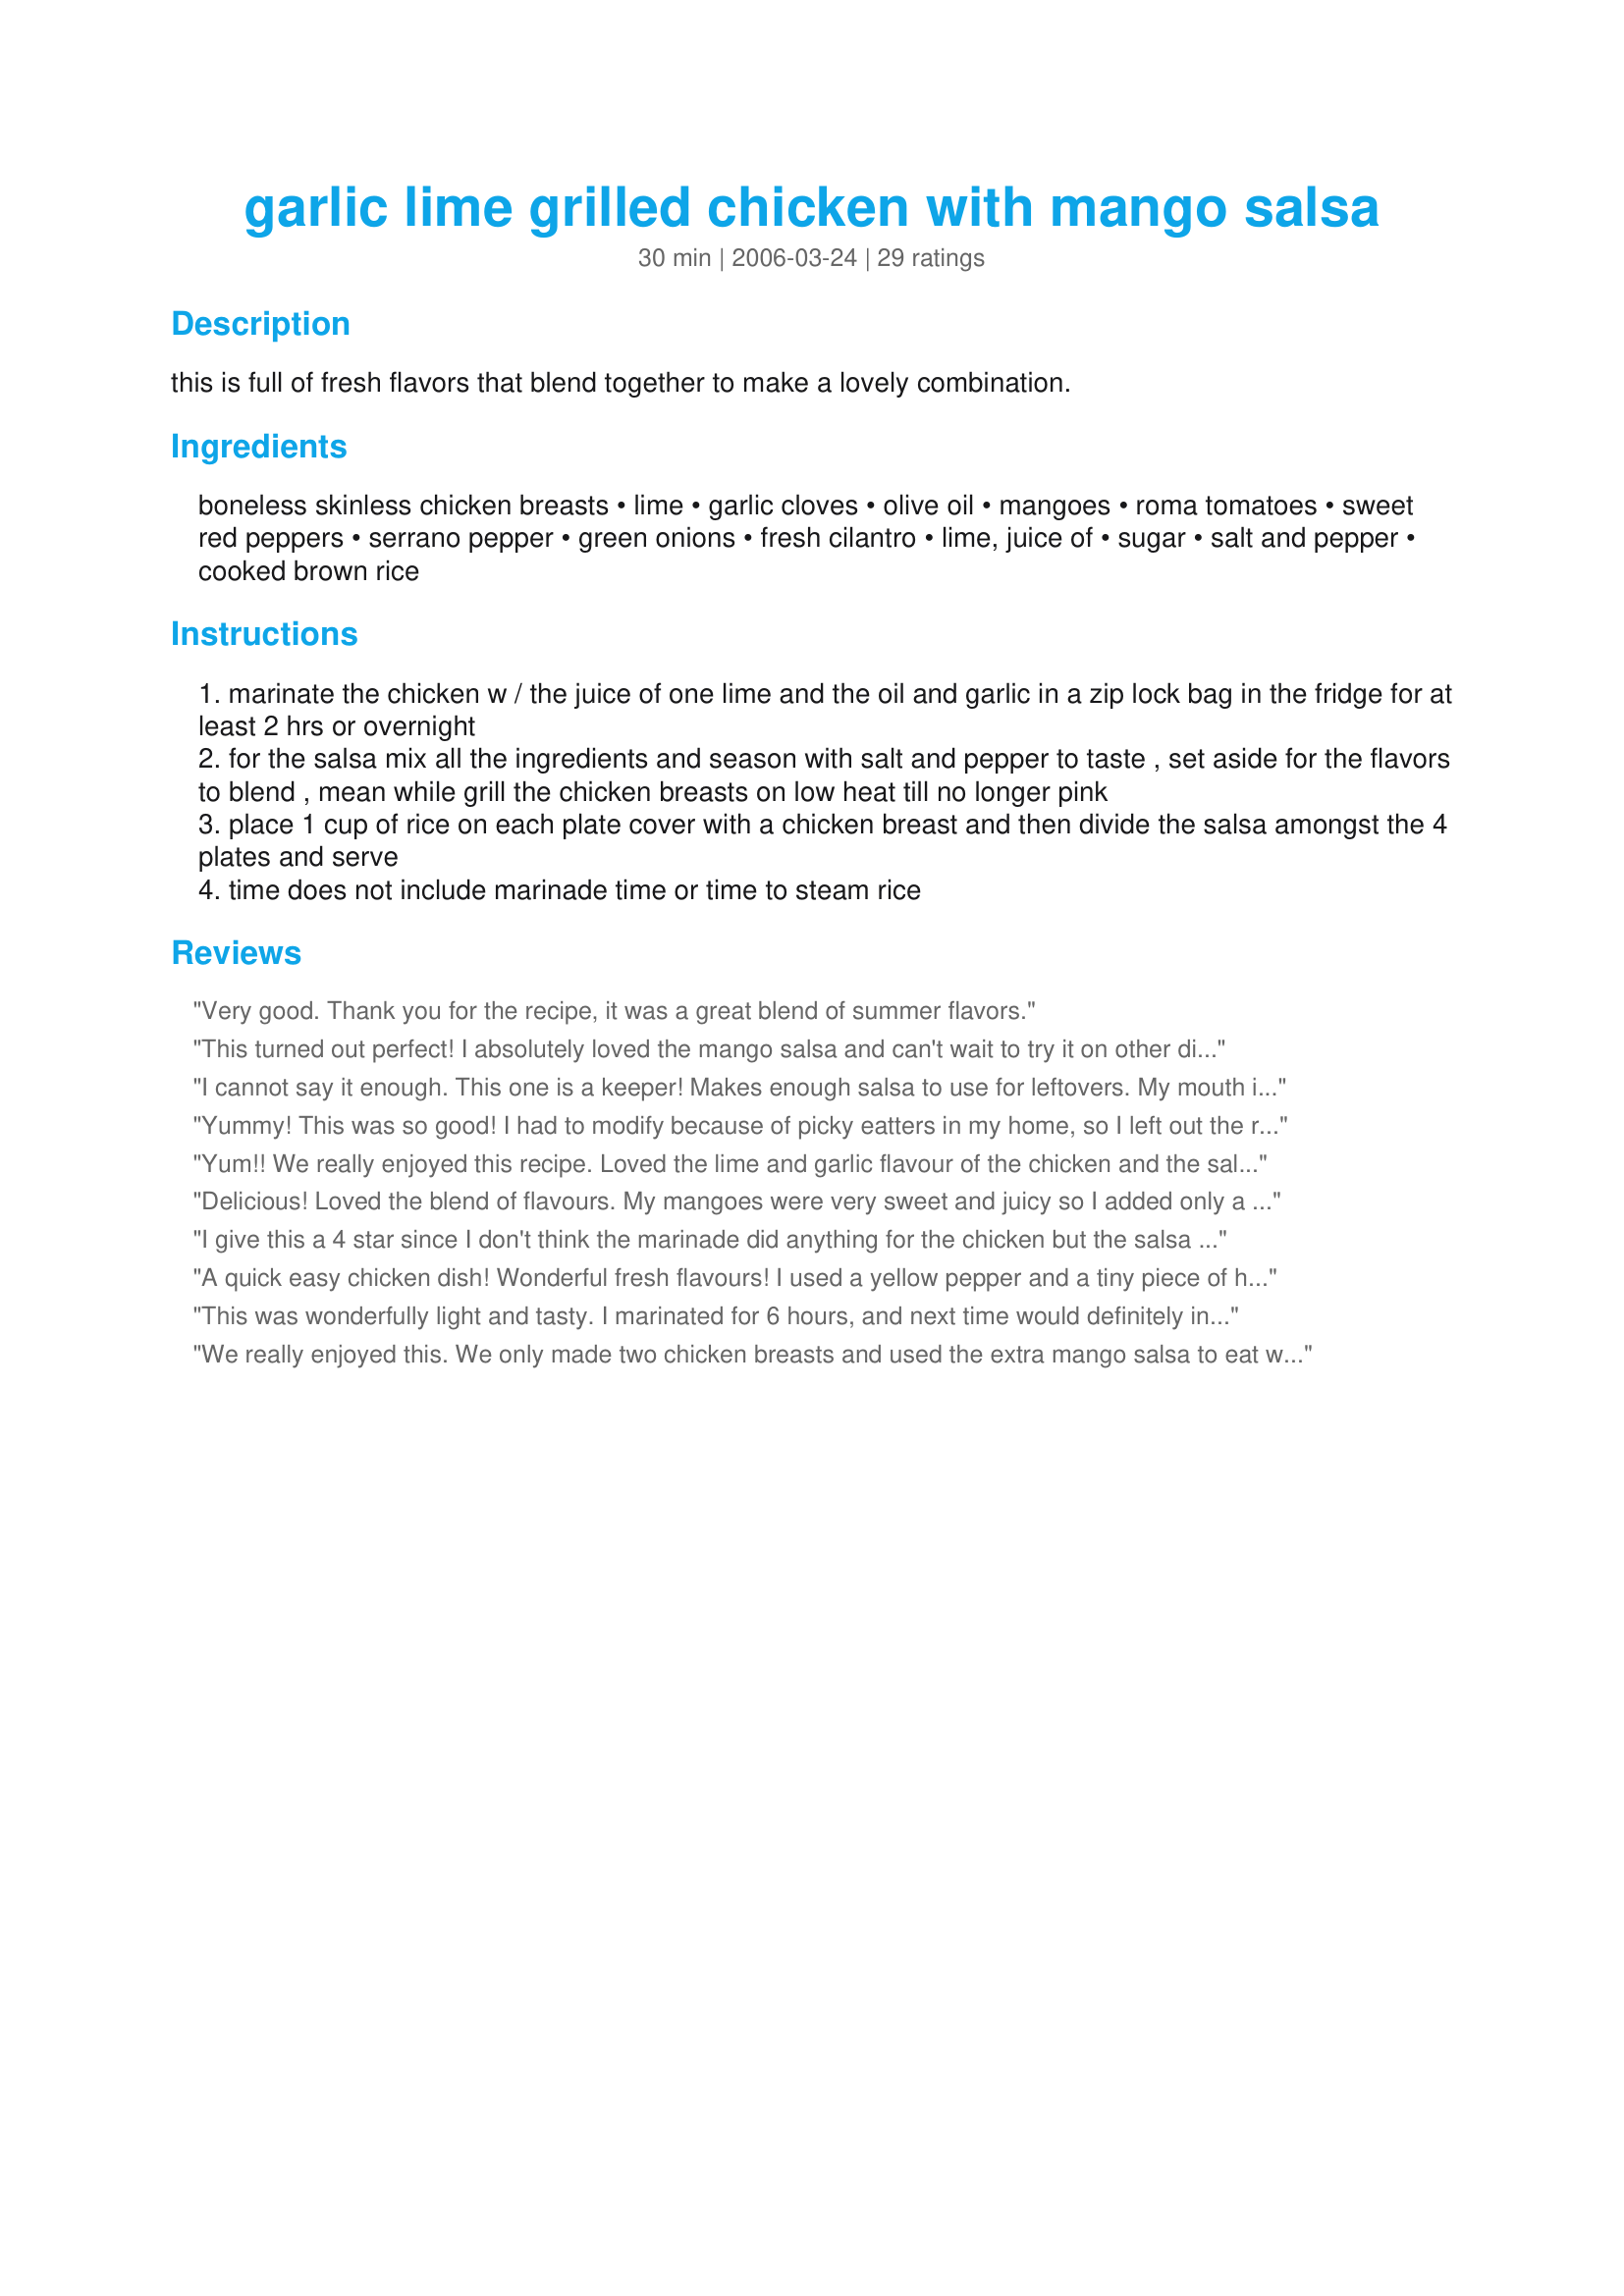
garlic lime grilled chicken with mango salsa
Preparation time: 30 minutes

this is full of fresh flavors that blend together to make a lovely combination.

Ingredients:
boneless skinless chicken breasts, lime, garlic cloves, olive oil, mangoes, roma tomatoes, sweet red peppers, serrano pepper, green onions, fresh cilantro, lime, juice of, sugar, salt and pepper, cooked brown rice

Steps:
marinate the chicken w / the juice of one lime and the oil and garlic in a zip lock bag in the fridge for at least 2 hrs or overnight
for the salsa mix all the ingredients and season with salt and pepper to taste , set aside for the flavors to blend , mean while grill the chicken breasts on low heat till no longer pink
place 1 cup of rice on each plate cover with a chicken breast and then divide the salsa amongst the 4 plates and serve
time does not include marinade time or time to steam rice

Reviews:
Very good. Thank you for the recipe, it was a great blend of summer flavors.
This turned out perfect! I absolutely loved the mango salsa and can't wait to try it on other dishes, I think it would be great on fish as well. I was a little weary about the addition of the serrano pepper but after trying it I really think it added a lot to the flavor of the salsa and I did add a little sugar (1 TB) to sweeten it up a bit. The presentation of this dish (with all the colors from the salsa) was definitely guest worthy and looked like something a fancy/famous chef would make. Thanks for the great recipe!
I cannot say it enough. This one is a keeper! Makes enough salsa to use for leftovers. My mouth is watering just thinking about how great it will go with tortilla chips! Such a fresh tasting recipe all around. Thanks for sharing!
Yummy! This was so good! I had to modify because of picky eatters in my home, so I left out the red pepper and green onion. I replaced the serrano with fresh, diced jalepeno, added diced jimica, and used honey instead of sugar. I went nuts with the cilantro, because we love it so much, and put 1/2cup chopped into the marinade, and even added lime juice and cilantro to the rice. Gosh it was good. Couldn't keep everyone out of the salsa as the chicken was on the grill! Thanks!!!
Yum!! We really enjoyed this recipe. Loved the lime and garlic flavour of the chicken and the salsa was so tasty and colourful. The meal looked gorgeous plated up and tasted even better. I subbed jalapenos for the serranos due to availability and left out the sugar. Wonderful dinner!!
Delicious! Loved the blend of flavours. My mangoes were very sweet and juicy so I added only a teaspoon of brown sugar. Because of my zero tolerance of anything spicy, I omitted the serrano pepper. Instead, I used 1 sweet red pepper and 1 yellow pepper. Congratulations on creating an A1 recipe!
I give this a 4 star since I don't think the marinade did anything for the chicken but the salsa was awesome and fresh!!
A quick easy chicken dish! Wonderful fresh flavours! I used a yellow pepper and a tiny piece of habanero for a little heat! My mango was sweet, but I added 1 tablespoon of sugar, it helps to blend the flavours of the fruit and vegetables. The bright colours of the salsa make a beautiful presentation. Nice recipe, thanks chef!
This was wonderfully light and tasty. I marinated for 6 hours, and next time would definitely increase that time to better infuse the flavor. Loved it and will definitely make again!
We really enjoyed this. We only made two chicken breasts and used the extra mango salsa to eat with tortilla chips. We'll for sure make the salsa again.
I really liked the salsa and chicken combination. I couldn't taste the lime that much in the chicken, so I think next time I'll add a little more. Otherwise a great light refreshing summer/spring dish. Thanks


Beautiful combination of fresh ingredients. I am always delighted to note when
people use fresh ingredients to create a recipe. Thank you for this, Chef, and please,
do not keep your creativity to yourself... This recipe is wonderful. I did not use salt; with limes
it was not necessary. The limes allow the flavours of other ingredients to tease our palates. 
A complete meal in one recipe entry into RSC#8... Brilliant. 
 Pity, only 5's are the maximum allowed, but whatever the maximum Chef, your recipe is deserving of it all.
amazing. I love fruit, but my mom's bf doesn't. I was chopping fruit and he was mad that he didn't have anything to eat for dinner, but he cleaned his plate. delicious, even with pasta
I made this recipe for my boyfriend the first night he came round to stay (ahem). The dinner was practically inhaled (even if I did have to do the chicken in a sandwich toaster) and the night went very well (*AHEM*). He's now my fiance :-D

And, as a point, I've made the salsa independant of the meal and bottled it in the fridge, keeping it on hand for impromtu 'romantic nights' in a hurry, and have served it with chicken and pasta/rice/couscous and have also blended it to within an inch of solidarity and used it as a dip and garnish with great results.
I loved this! It was light and refreshing. I love the fresh ingredients, sill easy to find in Canada in winter. I'll definately make this again.
This one is fantastic--a keeper. I make it with boneless thighs.
Very tasty. I used both red and yellow peppers and it didn't seem to bother the finished product. Will definitely make again.
I made this into wraps and added black beans. Really good! Very summery. Love them!
Great recipe!!! The husband and I LOVED it!!!
We loved this. My husband is not usually a fan of anything healthy or with fruit and he gobbled this up. I rarely like anything with grilled chicken, but this was wonderful. I put the ingredients for the salsa in a mini food processor. It came out not as chunky, but I prefer equally sized pieces in the salsa. I made it early in the morning, and at first tatse, I though the salsa was a complete waste, but after spending the day in the fridge, it was marvelous. I will do this again soon.
My husband and I loved this recipe. Light, healthy, and tasted great. The only changes I made were omitting the lime juice (my husband detests limes), adding salt and pepper to the chicken before marinating, and using canned mangos (my grocery store was out of fresh). This will definitely be added to our usual rotation.
I marinated the chicken for 1 hour as for the citrus would break the chicken down to much giving it an odd consistancy if marinated overnight! Also should be seasoned with salt and pepper before grilling. This is a very easy recipe with lots of fresh, bright, awakening flavor. The only thing I would add garlic into the salsa. And what better to serve it on then brown rice. All in all this was very very good! My type of meal. Great job on this recipe!
I really enjoyed the salsa - the flavours are indeed really fresh tasting and they blend together well. I enjoyed the chicken too, but the lime hadn't flavoured it as much as I thought - even with a good 12 hours marinading
This is a great recipe!
I mixed up the marinade and tossed the chicken in it before I left for work...perfect. We had to use the indoor grill, loved the salsa...used 2 serranos loved the heat!
Brown rice is perfect with this dish!
Thank you!
This was awesome. I followed the recipe pretty much to the letter. I salted the chicken before putting it in the marinade. The salsa is to die for. I will add a little tequila to the chicke next time and if that works then go to fresh Yellow Fin Tuna. The brown rice was just the right touch and flavor with it. Fresh green beans from the garden rounded out the meal. A great summer dish to have on the patio. Thanks for sharing.
I think I expected more from this. I really liked it once the salsa had really blended (ie the next day) but my family was not too fussy on the salsa The chicken was a hit though. And I really liked the colours
I love this recipe. It is very easy to make and tastes great. This is one of those recipes where you can thoroughly impress your guests (or date) with your cooking ability when in reality it doesn't take much effort to make.

This recipe goes extremely well with Bolla Pinot Grigio. The lime flavors are a perfect match.

I prefer having this with Rice Pilaf instead of regular brown rice but I tend not to be too much of a rice fan anyways.

I got a strange look from the cashier at the grocery store when I bought the one serrano pepper. They are very small and I only needed one so it came out to $.02. I probably paid more for the plastic bag than I did for the actual pepper but for only 2 cents, who cares.
Pleasant tasting, tender chicken--but the salsa is missing a layer of flavor--perhaps the lack of garlic. And there is no particular feel of the Caribbean--no spice to give that extra hit of flavor.
I made this for a BBQ dinner with the grilled chicken and grilled swordfish (also marinated in lime and olive oil - no garlic) for 2 hrs. Everyone raved and the swordfish was gone in minutes! Great recipe for the salsa and serves a lot. I agree it would make a great dip with tortilla chips!
